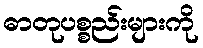
ဓာတုပစ္စည်းများကို